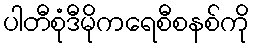
ပါတီစုံဒီမိုကရေစီစနစ်ကို